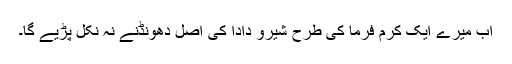
اب میرے ایک کرم فرما کی طرح شیرو دادا کی اصل دھونڈنے نہ نکل پڑیے گا۔